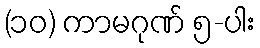
(၁၀) ကာမဂုဏ် ၅-ပါး